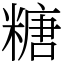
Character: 糖